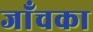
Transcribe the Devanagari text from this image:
जाँचका